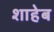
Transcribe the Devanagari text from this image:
शाहेब